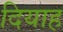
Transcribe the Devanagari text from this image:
दियाह